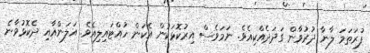
ފުރަތަމަ ލާނާ ދުރުވާން ގަދަދެއްކިއެވެ. ނަމަވެސް އިރުކޮޅަކުން އެކަން ހުއްޓައިލިއެވެ. އަލަންއާއި ދެކޮޅުވާނެ